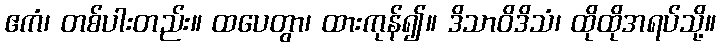
ဧကံ၊ တစ်ပါးတည်း။ ထပေတွာ၊ ထားကုန်၍။ ဒိသာဝိဒိသံ၊ ထိုထိုအရပ်သို့။